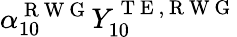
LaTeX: \alpha_{10}^{\mathrm{~R~W~G~}}Y_{10}^{\mathrm{~T~E~},\mathrm{~R~W~G~}}